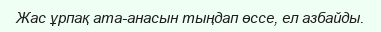
Жас ұрпақ ата-анасын тыңдап өссе, ел азбайды.